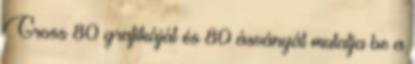
Gross 80 grafikáját és 80 ásványát mutatja be a